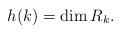
\begin{align*}h(k)= \dim R_k.\end{align*}